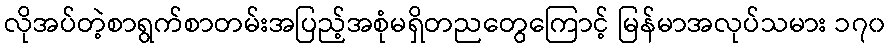
လိုအပ်တဲ့စာရွက်စာတမ်းအပြည့်အစုံမရှိတညတွေကြောင့် မြန်မာအလုပ်သမား ၁၇၀